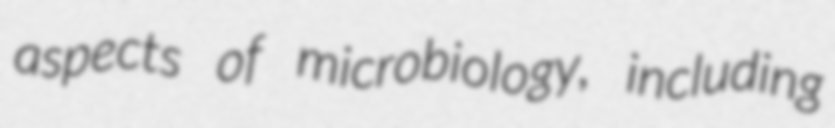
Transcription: aspects of microbiology, including